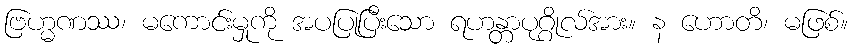
ဗြဟ္မဏဿ၊ မကောင်းမှုကို အပပြုပြီးသော ရဟန္တာပုဂ္ဂိုလ်အား။ န ဟောတိ၊ မဖြစ်။